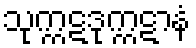
သုက္ကဋဒုက္ကဋာနံ